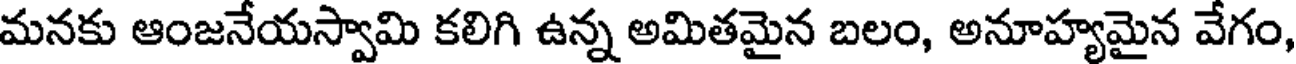
మనకు ఆంజనేయస్వామి కలిగి ఉన్న అమితమైన బలం, అనూహ్యమైన వేగం,